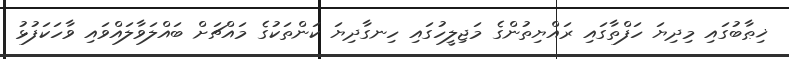
ޚިޠާބުގައި މިދިޔަ ހަފްތާގައި ރައްޔިތުންގެ މަޖިލީހުގައި ހިނގާދިޔަ ކަންތަކުގެ މައްޗަށް ބައްލަވާލައްވައި ވާހަކަފުޅު